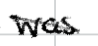
Text: was
Cross-out: mix
Writing tool: digital_black